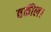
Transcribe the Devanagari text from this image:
वकील।